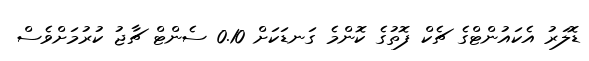
ޑޮލަރު އެކައުންޓްގެ ޗެކް ފޮތުގެ ކޮންމެ ގަނޑަކަށް 0.10 ސެންޓް ޗާޖު ކުުރުމަށްވެސް